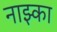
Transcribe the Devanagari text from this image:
नाझ्का